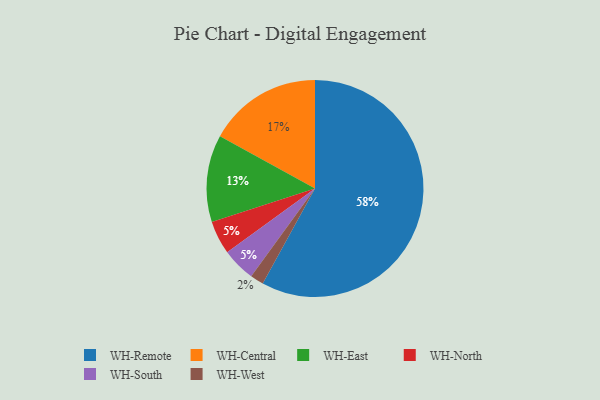
{"axis": {"x": "Category", "y": "Percentage"}, "legend": ["WH-Central", "WH-East", "WH-North", "WH-Remote", "WH-South", "WH-West"], "data": [{"x": "WH-Remote", "y": 58, "type": "WH-Remote"}, {"x": "WH-North", "y": 5, "type": "WH-North"}, {"x": "WH-South", "y": 5, "type": "WH-South"}, {"x": "WH-West", "y": 2, "type": "WH-West"}, {"x": "WH-East", "y": 13, "type": "WH-East"}, {"x": "WH-Central", "y": 17, "type": "WH-Central"}]}